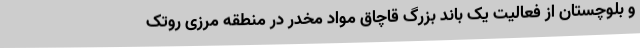
و بلوچستان از فعالیت یک باند بزرگ قاچاق مواد مخدر در منطقه مرزی روتک